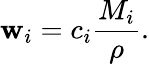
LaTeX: \mathbf{w}_{i}=c_{i}{\frac{{M_{i}}}{{\rho}}}.